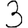
Digit: 3